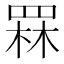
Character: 罧